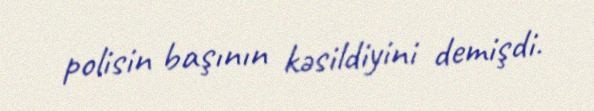
polisin başının kəsildiyini demişdi.